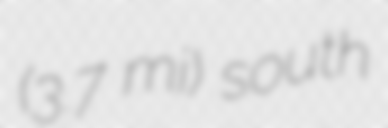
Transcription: (3.7 mi) south